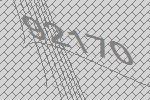
92170